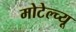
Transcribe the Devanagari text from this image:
मोटेल्च्यू